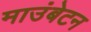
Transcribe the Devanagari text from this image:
माउंबेटन